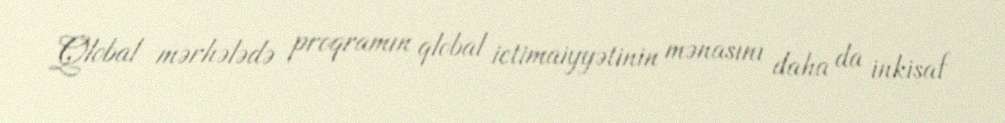
Qlobal mərhələdə proqramın qlobal ictimaiyyətinin mənasını daha da inkişaf